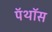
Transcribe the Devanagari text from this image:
पॅथॉस